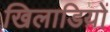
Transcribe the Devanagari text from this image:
खिलाडिय़ों